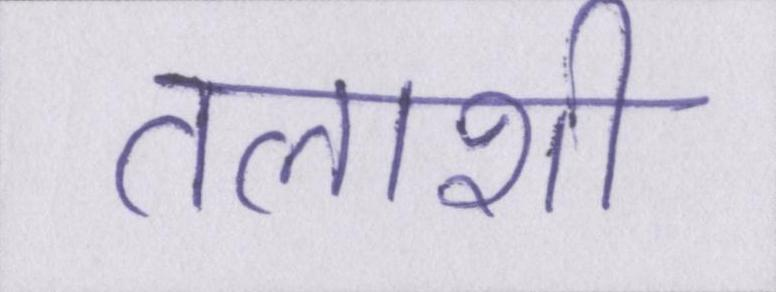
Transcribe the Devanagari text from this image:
तलाशी